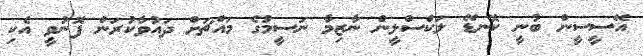
އޭސީސީން ބުނީ ކޮނޑޭ ލަކްސްލީން ނާޒިމާ ނަސީމުގެ މައްޗަށް ދައުވާކުރަން ފޮނުވީ އެކި